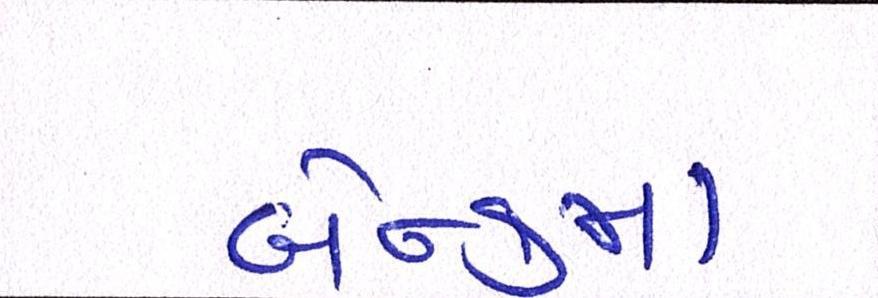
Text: બૅન્કમાં